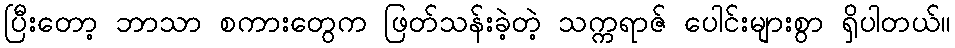
ပြီးတော့ ဘာသာ စကားတွေက ဖြတ်သန်းခဲ့တဲ့ သက္ကရာဇ် ပေါင်းများစွာ ရှိပါတယ်။